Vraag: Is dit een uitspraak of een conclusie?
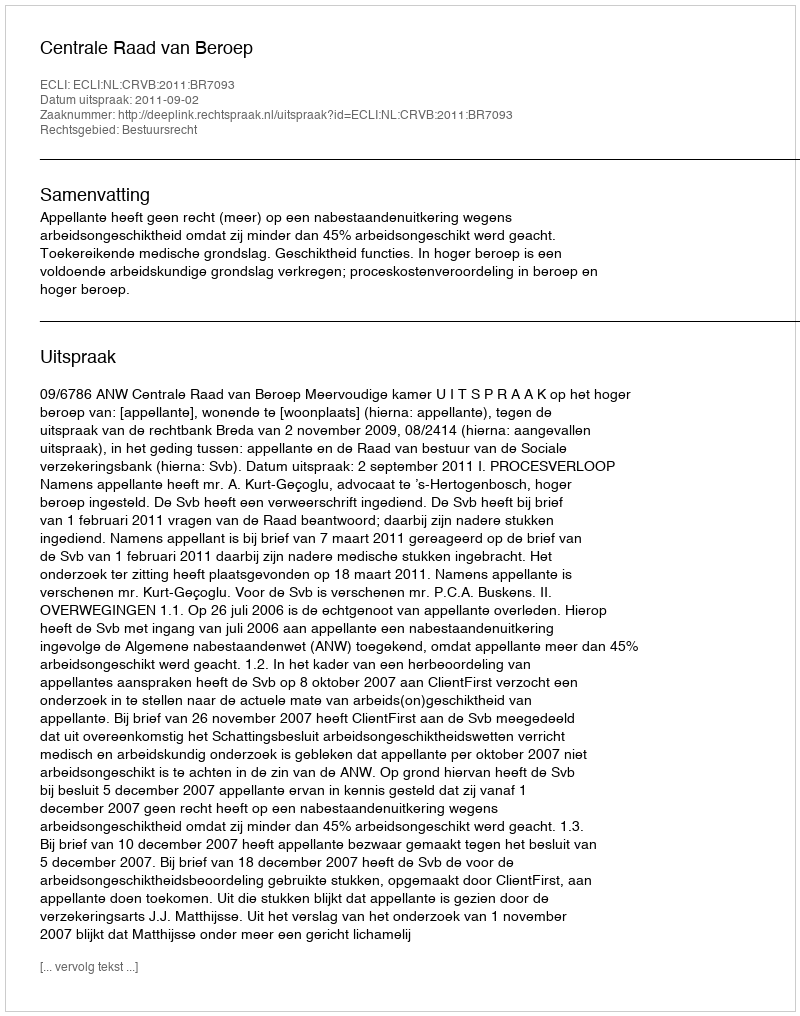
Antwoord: Uitspraak